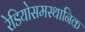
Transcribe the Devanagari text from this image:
रेडियोसमस्थानिक